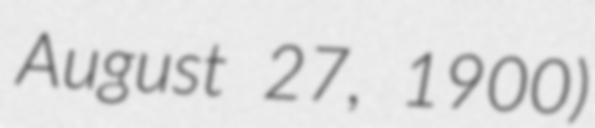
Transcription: August 27, 1900)